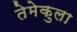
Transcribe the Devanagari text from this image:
तेमेकुला